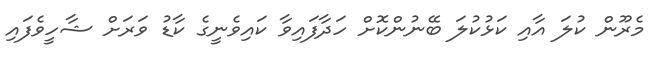
މެރޫން ކުލަ އާއި ކަޅުކުލަ ބޭނުންކޮށް ހަދާފައިވާ ކައިވެނީގެ ކާޑު ވަރަށް ޝާހީވެފައި